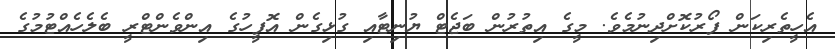
އެހީތެރިކަން ފޯރުކޮށްދިނުމެވެ. މީގެ އިތުރުން ބަޖެޓް ޔުނިޓާއި ގުޅިގެން އޮފީހުގެ އިންވެންޓްރީ ބެލެހެއްޓުމުގެ